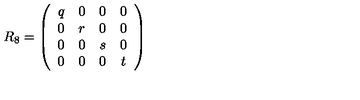
R _ { 8 } = \left( \begin{array} { c c c c } { q } & { 0 } & { 0 } & { 0 } \\ { 0 } & { r } & { 0 } & { 0 } \\ { 0 } & { 0 } & { s } & { 0 } \\ { 0 } & { 0 } & { 0 } & { t } \\ \end{array} \right)